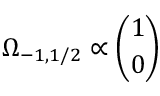
\Omega _ { - 1 , 1 / 2 } \propto { \binom { 1 } { 0 } }